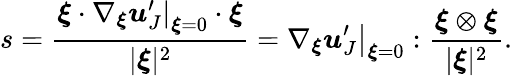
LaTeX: s=\frac{\boldsymbol{\xi}\cdot\left.\nabla_{\boldsymbol{\xi}}\boldsymbol{u}_{J}^{\prime}\right|_{\boldsymbol{\xi}=0}\cdot\boldsymbol{\xi}}{|\boldsymbol{\xi}|^{2}}=\left.\nabla_{\boldsymbol{\xi}}\boldsymbol{u}_{J}^{\prime}\right|_{\boldsymbol{\xi}=0}:\frac{\boldsymbol{\xi}\otimes\boldsymbol{\xi}}{|\boldsymbol{\xi}|^{2}}.